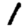
Digit: 1